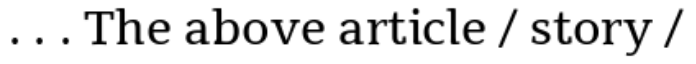
. . . The above article / story /